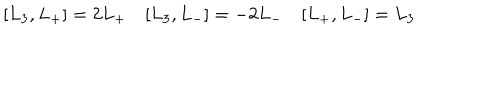
LaTeX: [ L _ { 3 } , L _ { + } ] = 2 L _ { + } \quad [ L _ { 3 } , L _ { - } ] = - 2 L _ { - } \quad [ L _ { + } , L _ { - } ] = L _ { 3 }